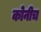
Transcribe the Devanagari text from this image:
कोनीच